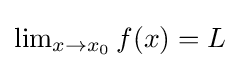
{\textstyle \lim _{x\to x_{0}}f(x)=L}